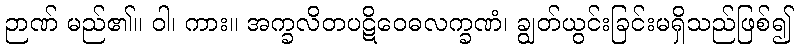
ဉာဏ် မည်၏။ ဝါ၊ ကား။ အက္ခလိတပဋိဝေဓလက္ခဏံ၊ ချွတ်ယွင်းခြင်းမရှိသည်ဖြစ်၍